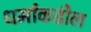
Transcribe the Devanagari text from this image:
धर्माकडील